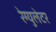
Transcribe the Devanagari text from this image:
रेग्युलेटर